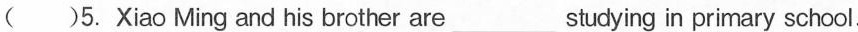
( )5. Xiao Ming and his brother are___ studying in primary school.